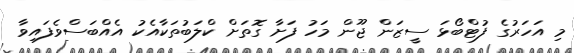
މި އަހަރުގެ ފުޓްބޯޅަ ސީޒަން ޖޫން މަހު ފަށާ ގޮތަށް ކްލަބުތަކާއެކު އެއްބަސްވެފައިވާ